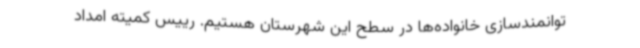
توانمندسازی خانواده‌ها در سطح این شهرستان هستیم. رییس کمیته امداد